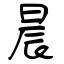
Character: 晨